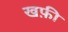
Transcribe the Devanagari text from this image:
खफ़ी